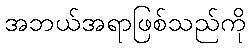
အဘယ်အရာဖြစ်သည်ကို